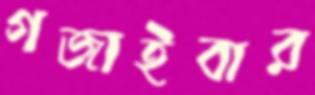
গজাইবার